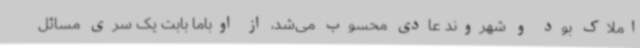
املاک بود و شهروند عادی محسوب می‌شد، از اوباما بابت یک سری مسائل